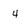
Character: 4